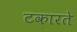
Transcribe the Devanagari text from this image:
टकारते